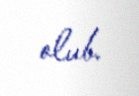
olub.